Scottish Leaving Certificate Examination, 1957
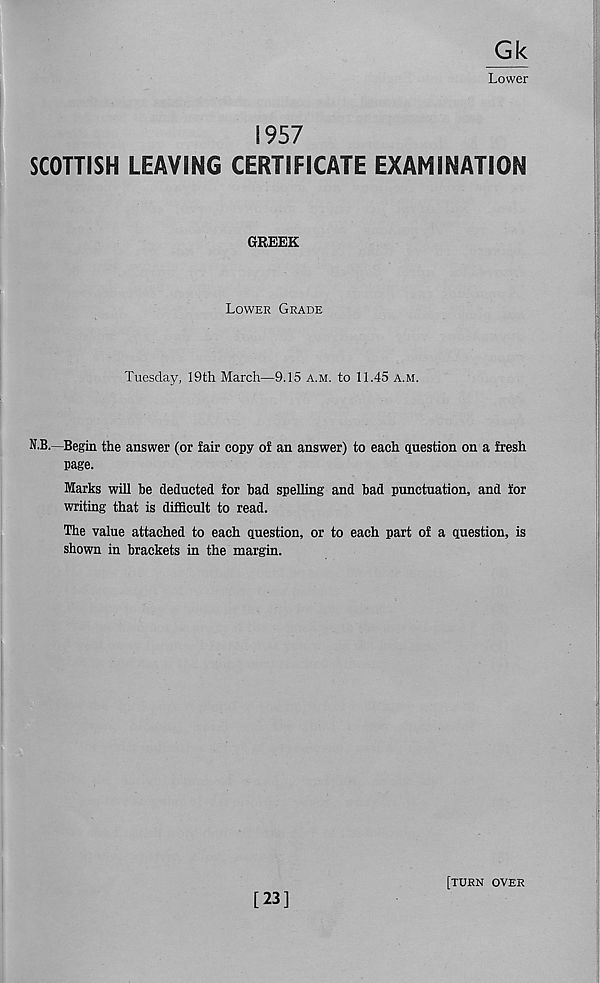
Gk
Lower
1957
SCOTTISH LEAVING CERTIFICATE EXAMINATION
GREEK
Lower Grade
Tuesday, 19th March—9.15 a.m. to 11.45 a.m.
N.B.—Begin the answer (or fair copy of an answer) to each question on a fresh
page.
Marks will he deducted for bad spelling and bad punctuation, and for
writing that is difficult to read.
The value attached to each question, or to each part of a question, is
shown in brackets in the margin.
[23]
[turn over